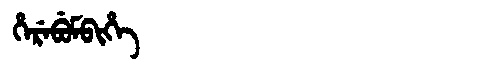
Manchu: ᡥᡝᡵᡝᠪᡠᠮᠪᡳᡥᡝ
Romanization: HEREBUMBIHE